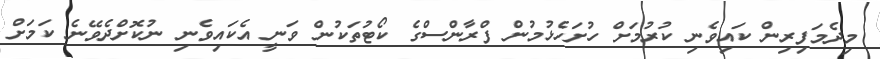
މިދެމަފިރިން ކައިވެނި ކުރުމަށް ހުށަހެޅުމުން ފްރާންސްގެ ކޯޓުތަކުން ވަނީ އެކައިވެނި ނުކޮށްދެވޭނެ ކަމަށް